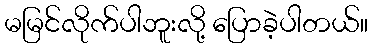
မမြင်လိုက်ပါဘူးလို့ ပြောခဲ့ပါတယ်။